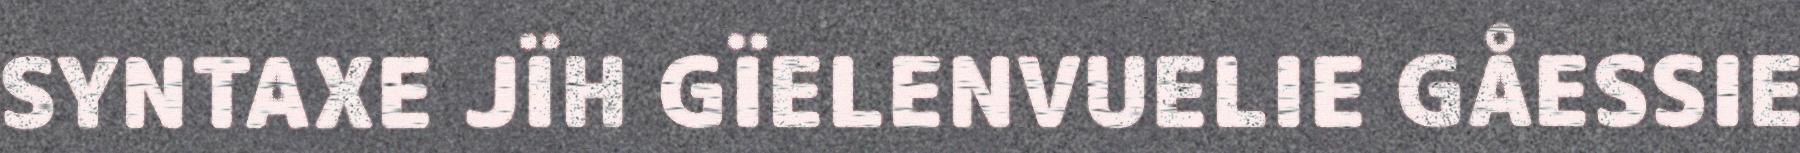
SYNTAXE JÏH GÏELENVUELIE GÅESSIE